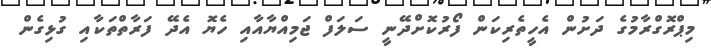
މިޕްރޮގްރާމުގެ ދަށުން އެހީތެރިކަން ފޯރުކޮށްދޭނީ ސަލަފް ޖަމިއްޔާއާއި ހެޔޮ އެދޭ ފަރާތްތަކާއި ގުޅިގެން